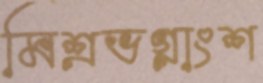
মিশ্রভগ্নাংশ